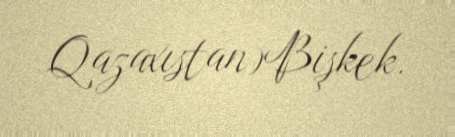
Qazaxıstan)Bişkek.